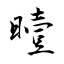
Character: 曀